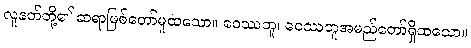
လူနတ်တို့၏ ဆရာဖြစ်တော်မူထသော။ ဝေဿဘူ၊ ဝေဿဘူအမည်တော်ရှိထသော။